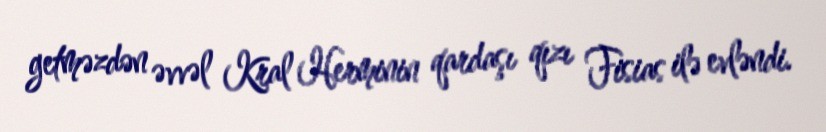
getməzdən əvvəl Kral Herminin qardaşı qızı Fisias ilə evləndi.